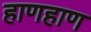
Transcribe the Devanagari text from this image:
हाणहाण